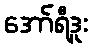
အော်ရီဒူး